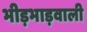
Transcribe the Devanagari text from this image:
भीड़भाड़वाली